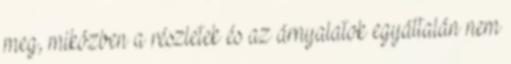
meg, miközben a részletek és az árnyalatok egyáltalán nem